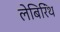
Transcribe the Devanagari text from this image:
लेबिरिंथ